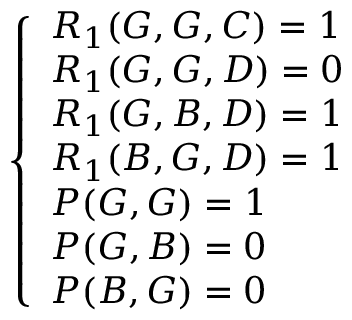
\begin{array} { r } { \left\{ \begin{array} { l l } { R _ { 1 } ( G , G , C ) = 1 } \\ { R _ { 1 } ( G , G , D ) = 0 } \\ { R _ { 1 } ( G , B , D ) = 1 } \\ { R _ { 1 } ( B , G , D ) = 1 } \\ { P ( G , G ) = 1 } \\ { P ( G , B ) = 0 } \\ { P ( B , G ) = 0 } \end{array} \right. } \end{array}